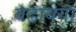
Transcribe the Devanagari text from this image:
बढायेगा